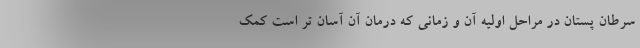
سرطان پستان در مراحل اولیه آن و زمانی که درمان آن آسان تر است کمک